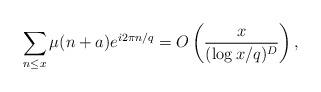
LaTeX: \begin{align*} \sum_{n \leq x} \mu(n+a)e^{i 2 \pi n/q}=O\left (\frac{x}{(\log x/q)^{D}}\right),\end{align*}